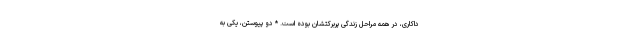
داکاری، در همه مراحل زندگی پربرکتشان بوده است. * دو پیوستن، یکی به